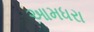
આમધરા